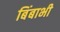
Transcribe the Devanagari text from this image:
बिंबाभी